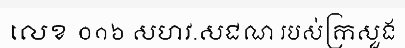
លេខ ០១៦ សហវ.សជណ របស់ក្រសួង